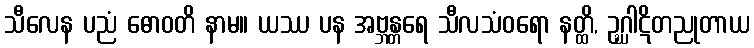
သီလေန ပညံ ဓောဝတိ နာမ။ ယဿ ပန အဗ္ဘန္တရေ သီလသံဝရော နတ္ထိ, ဥဂ္ဃါဋိတညုတာယ